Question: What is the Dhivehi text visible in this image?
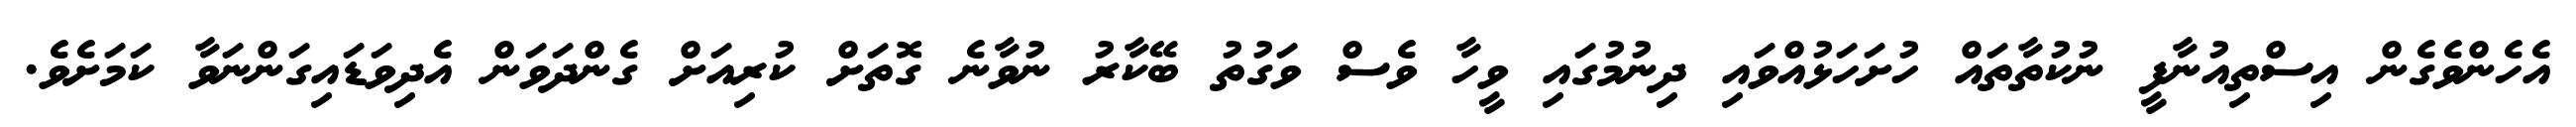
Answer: އެހެންވެގެން އިސްތިއުނާފީ ނުކުތާތައް ހުށަހަޅުއްވައި ދިނުމުގައި ވީހާ ވެސް ވަގުތު ބޭކާރު ނުވާނެ ގޮތަށް ކުރިއަށް ގެންދަވަން އެދިވަޑައިގަންނަވާ ކަމަށެވެ.